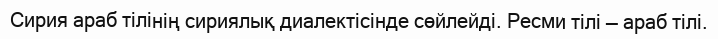
Сирия араб тілінің сириялық диалектісінде сөйлейді. Ресми тілі — араб тілі.